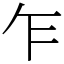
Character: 乍